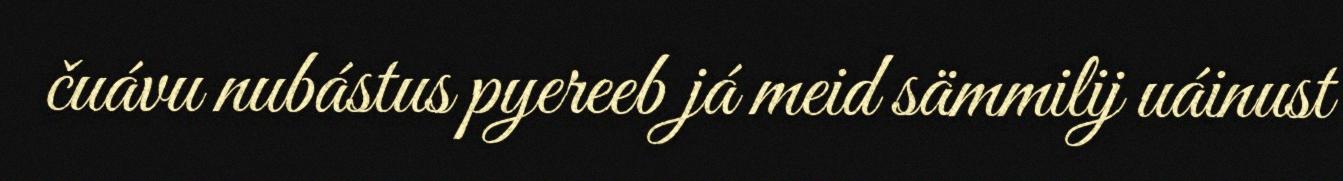
čuávu nubástus pyereeb já meid sämmilij uáinust